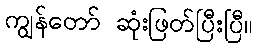
ကျွန်တော် ဆုံးဖြတ်ပြီးပြီ။